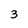
Character: 3